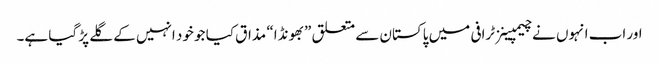
اور اب انہوں نے چیمپینز ٹرافی میں پاکستان سے متعلق ”بھونڈا“ مذاق کیا جو خود انہیں کے گلے پڑ گیا ہے۔